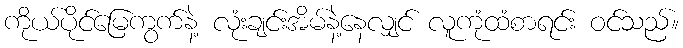
ကိုယ်ပိုင်မြေကွက်နဲ့ လုံးချင်းအိမ်နဲ့နေလျှင် လူကုံထံစာရင်း ဝင်သည်။